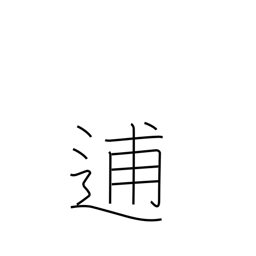
Meaning: flee